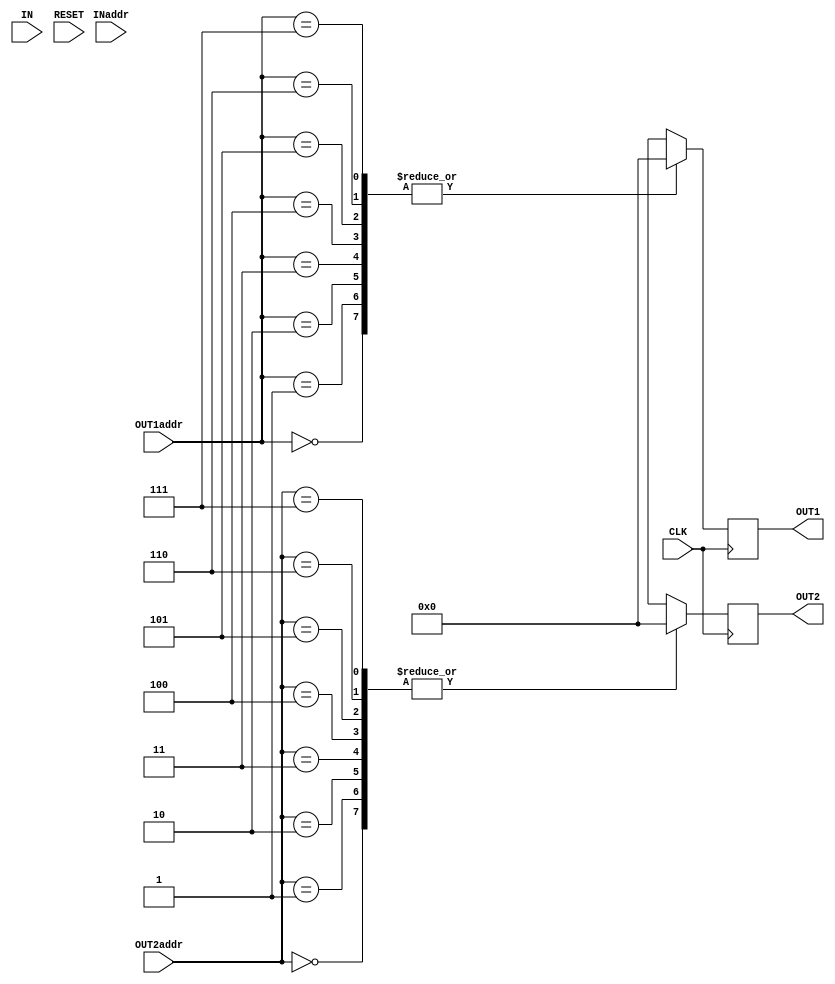
module reg_file(IN, OUT1, OUT2, INaddr, OUT1addr, OUT2addr, CLK, RESET);

input[7:0] IN;
input[2:0] INaddr,OUT1addr,OUT2addr;
input wire RESET,CLK;
output reg [7:0] OUT1,OUT2;

reg[7:0] R0,R1,R2,R3,R4,R5,R6,R7;
 initial begin
  R0 = 8'b00000000;
  R1 = 8'b00000000;
  R2 = 8'b00000000;
  R3 = 8'b00000000;
  R4 = 8'b00000000;
  R5 = 8'b00000000;
  R6 = 8'b00000000;
  R7 = 8'b00000000;
end
always @(posedge RESET) begin
  R0 = 8'b00000000;
  R1 = 8'b00000000;
  R2 = 8'b00000000;
  R3 = 8'b00000000;
  R4 = 8'b00000000;
  R5 = 8'b00000000;
  R6 = 8'b00000000;
  R7 = 8'b00000000;
end


always @(negedge CLK) begin
   case(INaddr)
    3'b000:R0=IN;
    3'b001:R1=IN;
    3'b010:R2=IN;
    3'b011:R3=IN;
    3'b100:R4=IN;
    3'b101:R5=IN;
    3'b110:R6=IN;
    3'b111:R7=IN;
   endcase
end


always @(posedge CLK) begin
   case(OUT1addr)
    3'b000:OUT1=R0;
    3'b001:OUT1=R1;
    3'b010:OUT1=R2;
    3'b011:OUT1=R3;
    3'b100:OUT1=R4;
    3'b101:OUT1=R5;
    3'b110:OUT1=R6;
    3'b111:OUT1=R7;
   endcase

   case(OUT2addr)
    3'b000:OUT2=R0;
    3'b001:OUT2=R1;
    3'b010:OUT2=R2;
    3'b011:OUT2=R3;
    3'b100:OUT2=R4;
    3'b101:OUT2=R5;
    3'b110:OUT2=R6;
    3'b111:OUT2=R7;
   endcase
end
endmodule

module testreg;
 reg[7:0] IN;
 reg[2:0] INaddr,OUT1addr,OUT2addr;
 reg RESET,CLK;
 wire [7:0] OUT1,OUT2;

  reg_file register (IN, OUT1, OUT2, INaddr, OUT1addr, OUT2addr, CLK, RESET);
  
  initial begin
    RESET = 1'b0;
    INaddr = 3'b000;OUT1addr= 3'b000;OUT2addr= 3'b010;IN= 8'b11001100;
    #5
    $monitor(" IN = %b, OUT1= %b, OUT2= %b,INaddr= %b,OUT1addr= %b,OUT2addr= %b,CLK= %b,RESET= %b, ",IN, OUT1, OUT2, INaddr, OUT1addr, OUT2addr, CLK, RESET);
    CLK =1'b1;
    #5;
    CLK =1'b0;
    #5;
    CLK =1'b1;
    #5;
    INaddr = 3'b011;OUT1addr= 3'b000;OUT2addr= 3'b011;IN= 8'b11001110;
    #5
    CLK =1'b0;
    #5
    CLK =1'b1;
 end
endmodule